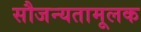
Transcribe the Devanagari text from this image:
सौजन्यतामूलक